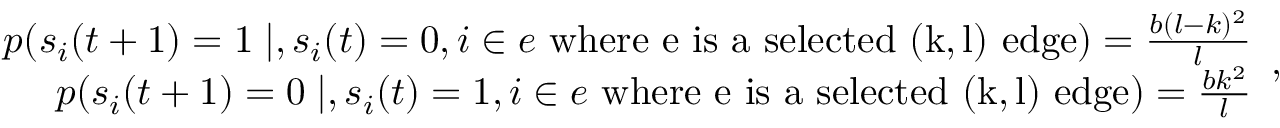
\begin{array} { r } { p ( s _ { i } ( t + 1 ) = 1 \mid , s _ { i } ( t ) = 0 , i \in e \mathrm { ~ w h e r e ~ e ~ i s ~ a ~ s e l e c t e d ~ ( k , l ) ~ e d g e } ) = \frac { b ( l - k ) ^ { 2 } } { l } } \\ { p ( s _ { i } ( t + 1 ) = 0 \mid , s _ { i } ( t ) = 1 , i \in e \mathrm { ~ w h e r e ~ e ~ i s ~ a ~ s e l e c t e d ~ ( k , l ) ~ e d g e } ) = \frac { b k ^ { 2 } } { l } } \end{array} ,